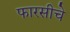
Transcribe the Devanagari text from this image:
फारसीचे